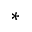
^ { \ast }